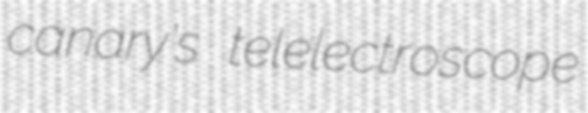
canary's telelectroscope